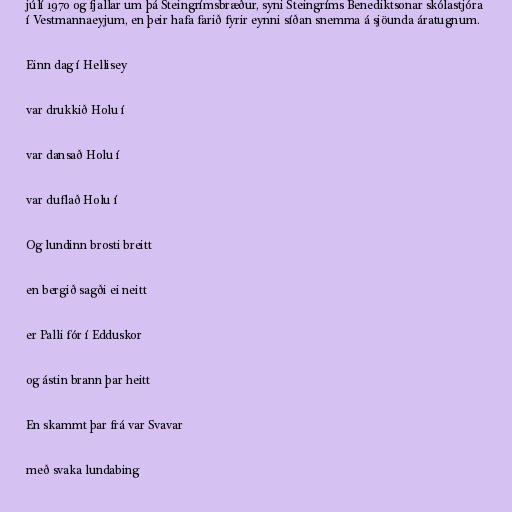
júlí 1970 og fjallar um þá Steingrímsbræður, syni Steingríms Benediktsonar skólastjóra
í Vestmannaeyjum, en þeir hafa farið fyrir eynni síðan snemma á sjöunda áratugnum.

Einn dag í Hellisey

var drukkið Holu í

var dansað Holu í

var duflað Holu í

Og lundinn brosti breitt

en bergið sagði ei neitt

er Palli fór í Edduskor

og ástin brann þar heitt

En skammt þar frá var Svavar

með svaka lundabing